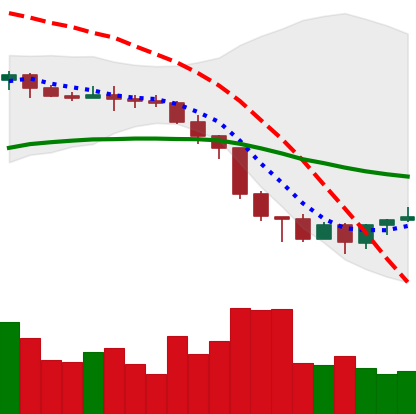
Ticker: XMR-USD
Chart end date: 2022-06-21
Forward return: 5.494%
Label: up_5_7